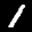
Label: 1